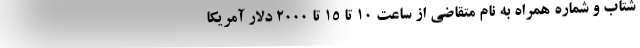
شتاب و شماره همراه به نام متقاضی از ساعت ۱۰ تا ۱۵ تا ۲۰۰۰ دلار آمریکا